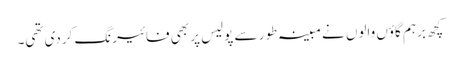
کچھ برہم گاؤں والوں نے مبینہ طور سے پولیس پر بھی فائیرنگ کردی تھی۔